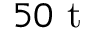
5 0 ~ \mathrm { t }